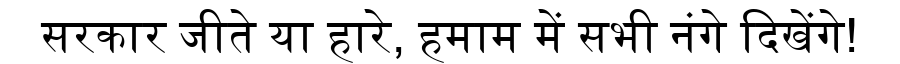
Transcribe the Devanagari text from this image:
सरकार जीते या हारे, हमाम में सभी नंगे दिखेंगे!